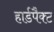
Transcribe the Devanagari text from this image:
हार्डपैक्ट